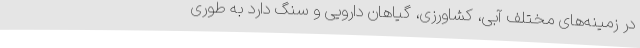
در زمینه‌های مختلف آبی، کشاورزی، گیاهان دارویی و سنگ دارد به طوری